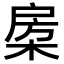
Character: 𣓯